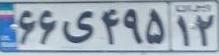
۶۶ی۴۹۵۱۲